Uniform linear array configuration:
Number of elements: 12
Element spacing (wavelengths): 1
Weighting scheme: kaiser
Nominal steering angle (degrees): -30
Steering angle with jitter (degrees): -29.06
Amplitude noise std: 0.05
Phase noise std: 0.05

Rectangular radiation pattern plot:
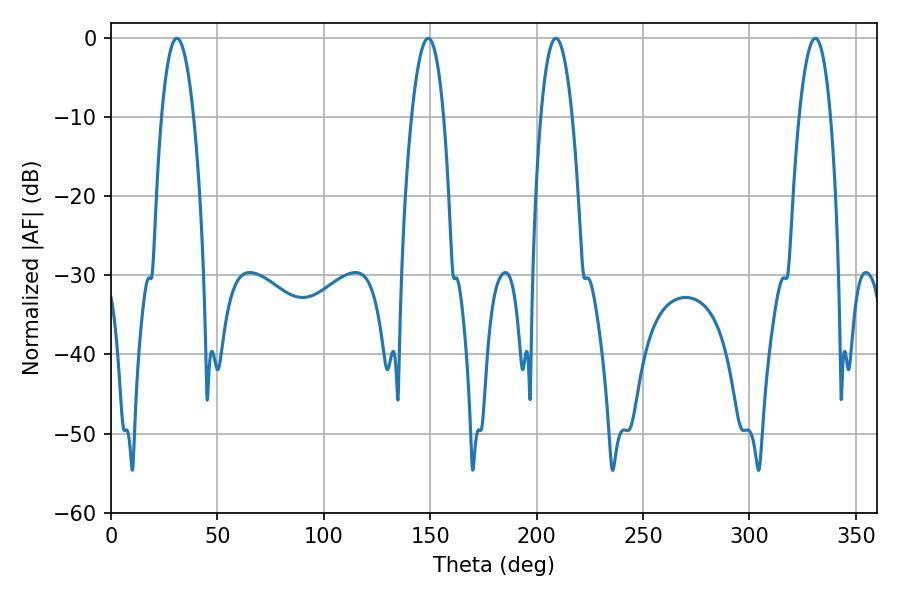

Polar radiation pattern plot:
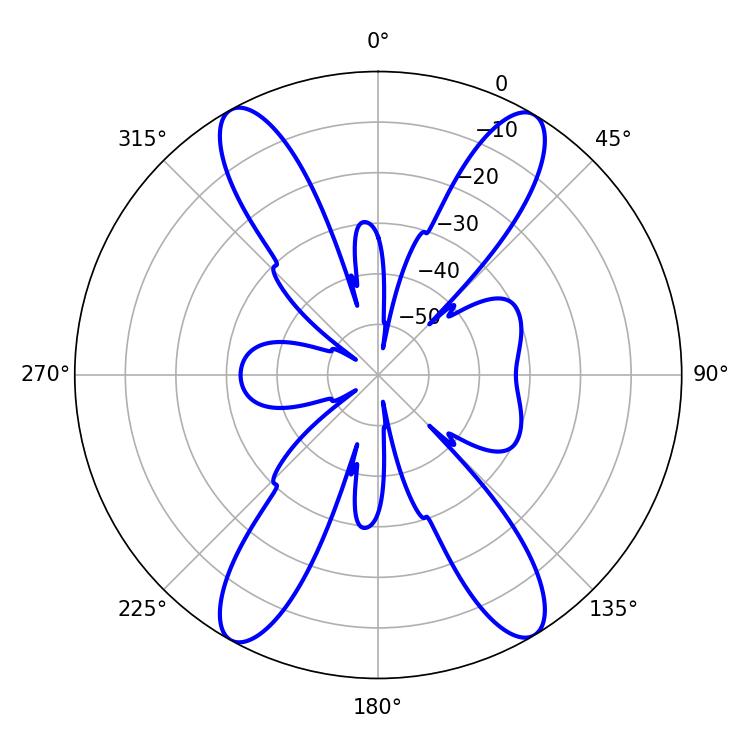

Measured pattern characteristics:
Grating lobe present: TRUE
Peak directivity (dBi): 22.016
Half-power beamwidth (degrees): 8.46
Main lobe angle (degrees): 30.96